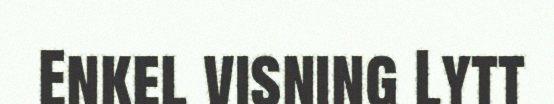
Enkel visning Lytt